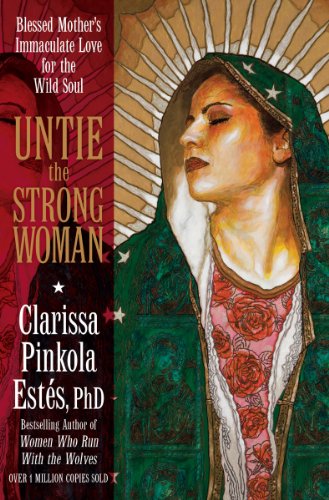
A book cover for Untie the Strong Woman: Blessed Mother's Immaculate Love for the Wild Soul; Clarissa Pinkola EstÃ©s PhD; Christian Books & Bibles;